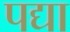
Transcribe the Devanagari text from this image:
पद्या